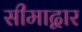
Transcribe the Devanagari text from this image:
सीमाद्वार